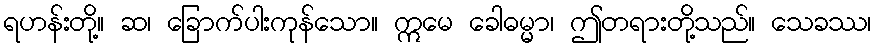
ရဟန်းတို့။ ဆ၊ ခြောက်ပါးကုန်သော။ ဣမေ ခေါဓမ္မာ၊ ဤတရားတို့သည်။ သေခဿ၊